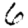
Digit: 6